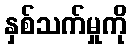
နှစ်သက်မှုကို